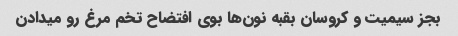
بجز سیمیت و کروسان بقبه نون‌ها بوی افتضاح تخم مرغ رو میدادن